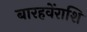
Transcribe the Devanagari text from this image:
बारहवेंराशि